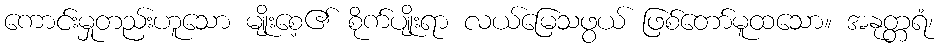
ကောင်းမှုတည်းဟူသော မျိုးစေ့၏ စိုက်ပျိုးရာ လယ်မြေသဖွယ် ဖြစ်တော်မူထသော။ အနုတ္တရံ၊